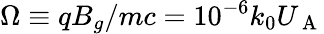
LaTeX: \Omega\equiv qB_{g}/mc=10^{-6}k_{0}U_{\mathrm{~A~}}